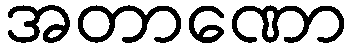
အတာဏော